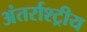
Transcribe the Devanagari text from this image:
अंतर्राश्ट्रीय